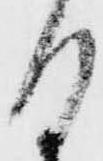
日